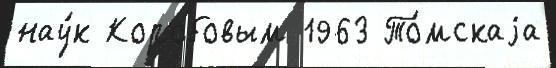
нау́к Коробовым 1963 То́мскаjа